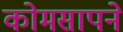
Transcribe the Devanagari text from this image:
कोमसापने